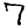
Digit: 7